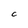
Character: C